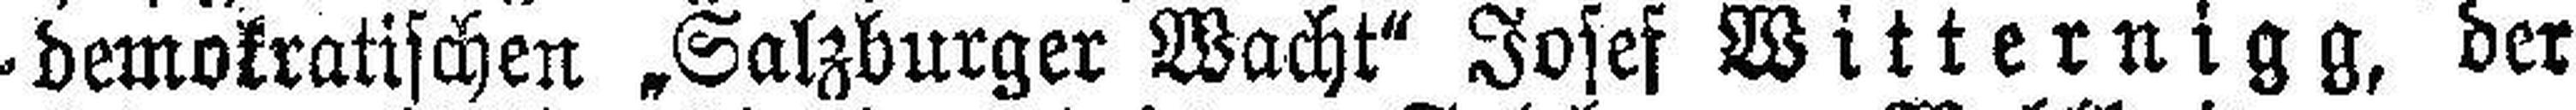
demokratischen „Salzburger Wacht" Josef Witternigg, der